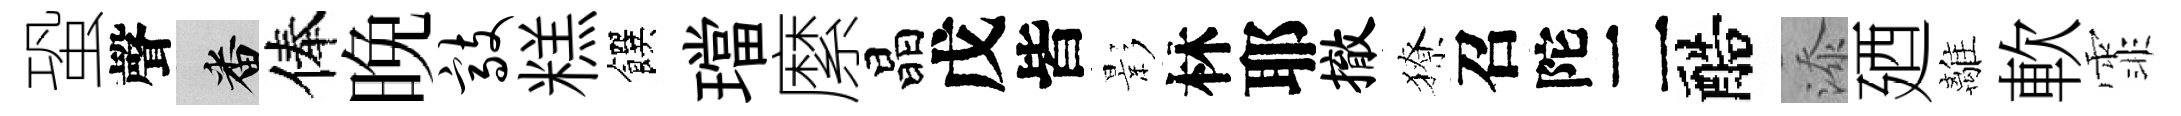
蛩聲番俸晩敲糕饌璫縻晶戊皆影林耶撤獠召陀二醅添廼離軟霏